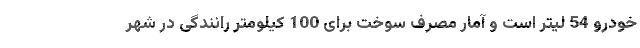
خودرو 54 لیتر است و آمار مصرف سوخت برای 100 کیلومتر رانندگی در شهر